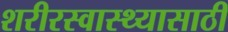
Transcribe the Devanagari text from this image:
शरीरस्वास्थ्यासाठी